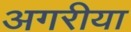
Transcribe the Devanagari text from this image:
अगरीया